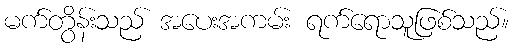
မက်တွိန်းသည် အပေးအကမ်း ရက်ရောသူဖြစ်သည်။